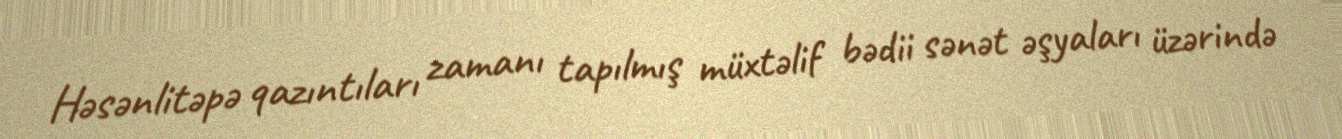
Həsənlitəpə qazıntıları zamanı tapılmış müxtəlif bədii sənət əşyaları üzərində